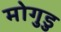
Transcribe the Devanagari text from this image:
मोगुडु